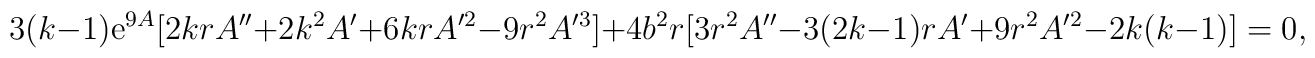
3(k-1) {\rm e}^{9A} [ 2 k r A'' + 2 k^2 A' + 6 kr A'^2 - 9 r^2 A'^3 ] + 4 b^2 r [ 3 r^2 A'' - 3 (2k-1) r A' + 9r^2 A'^2 - 2 k(k-1) ] = 0,